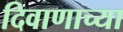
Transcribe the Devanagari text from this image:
दिवाणाच्या